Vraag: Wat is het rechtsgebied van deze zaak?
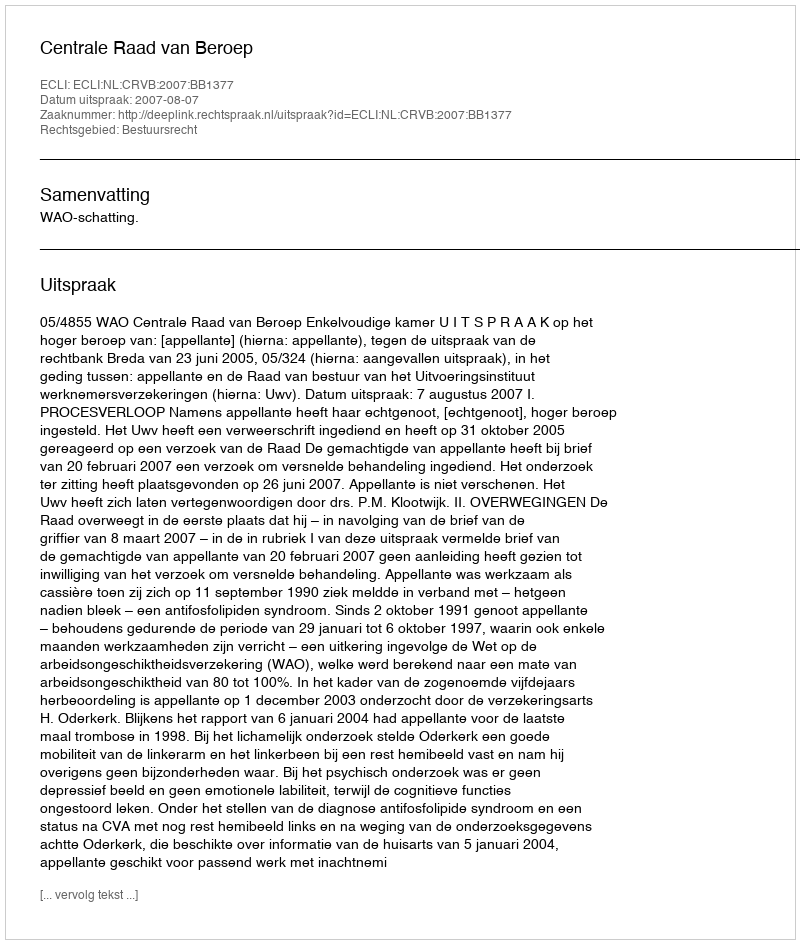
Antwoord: Bestuursrecht